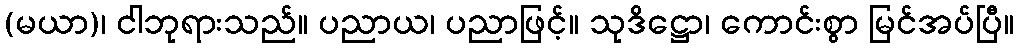
(မယာ)၊ ငါဘုရားသည်။ ပညာယ၊ ပညာဖြင့်။ သုဒိဋ္ဌော၊ ကောင်းစွာ မြင်အပ်ပြီ။